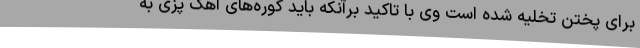
برای پختن تخلیه شده است وی با تاکید برآنکه باید کوره‌های آهک پزی به